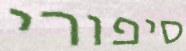
סיפורי